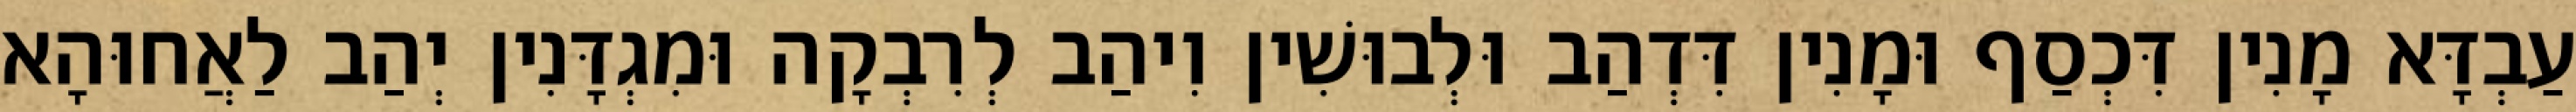
עַבְדָּא מָנִין דִּכְסַף וּמָנִין דִּדְהַב וּלְבוּשִׁין וִיהַב לְרִבְקָה וּמִגְדָּנִין יְהַב לַאֲחוּהָא